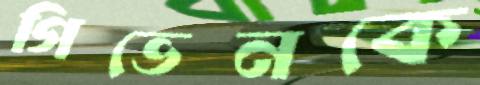
গিভেনকে